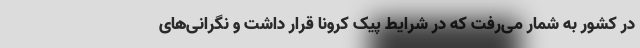
در کشور به شمار می‌رفت که در شرایط پیک کرونا قرار داشت و نگرانی‌های